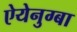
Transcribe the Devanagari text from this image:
ऐयेनुग्बा